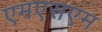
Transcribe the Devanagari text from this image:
एमएसएम